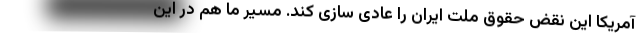
آمریکا این نقض حقوق ملت ایران را عادی سازی کند. مسیر ما هم در این